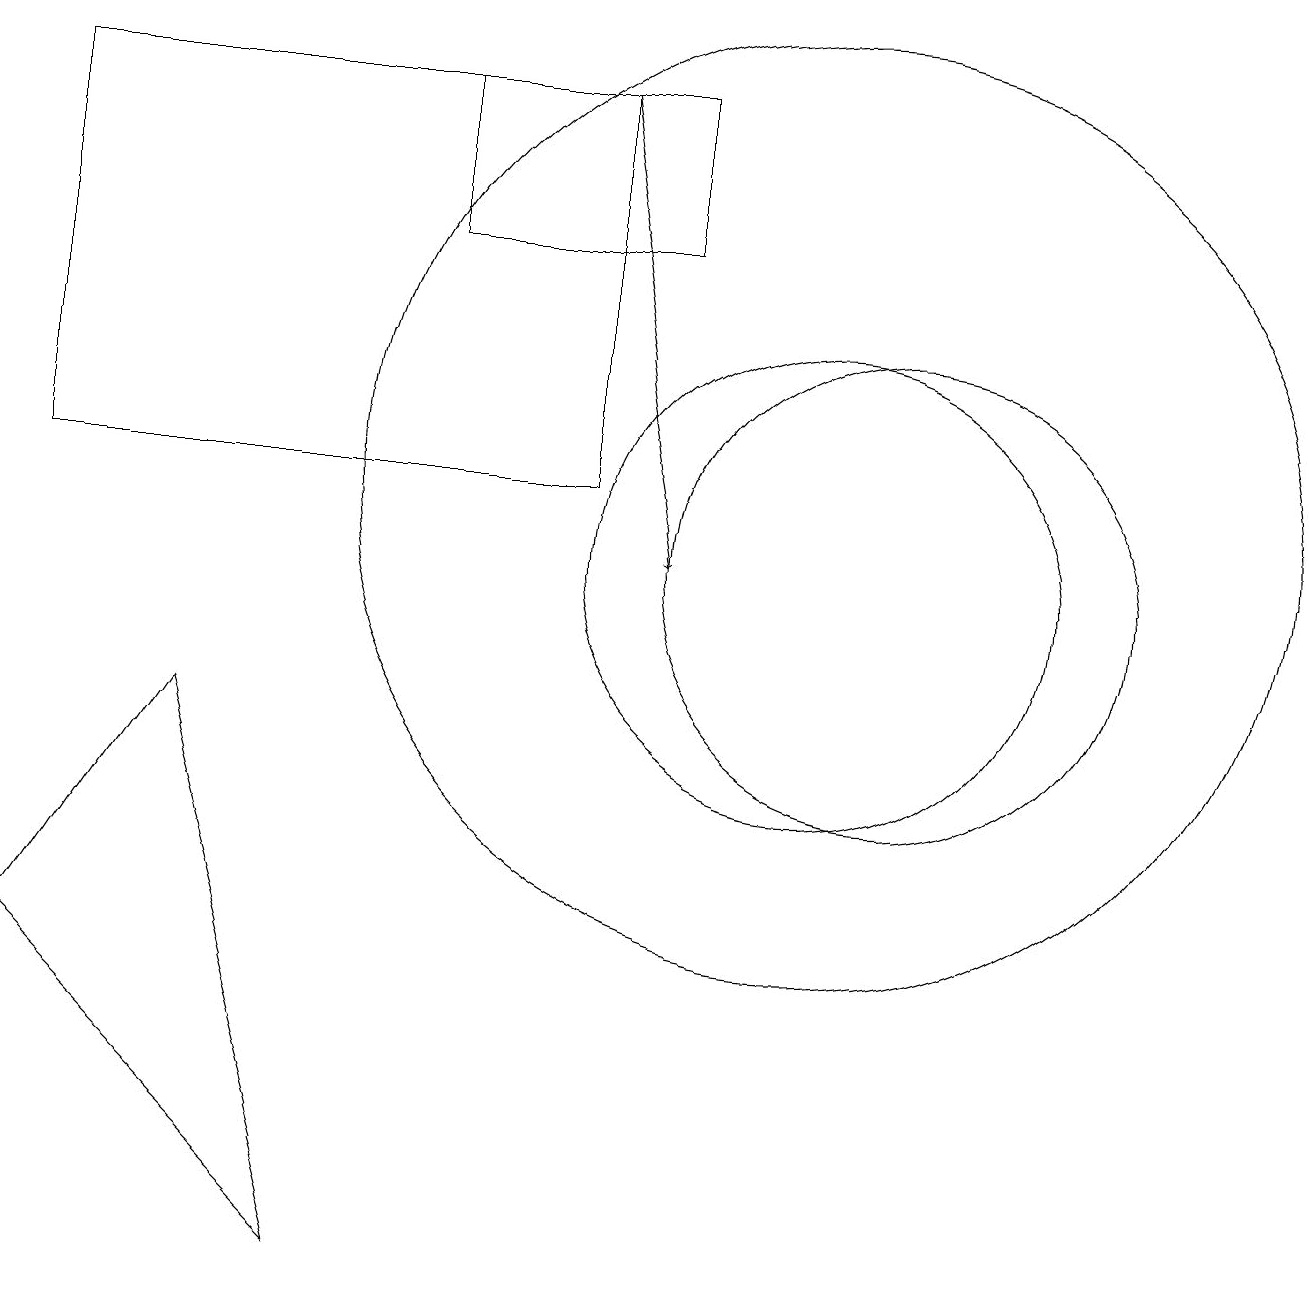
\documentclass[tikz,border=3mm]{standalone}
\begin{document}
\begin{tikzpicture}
\draw (10,10) circle (3);
\draw (7,11) rectangle (0,16);
\draw (5,14) rectangle (8,16);
\draw (11,10) circle (3);
\draw (10,11) circle (6);
\draw (4,1) -- (2,8) -- (0,5) -- cycle;
\draw[->] (7,16) -- (8,10);
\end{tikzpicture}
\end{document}